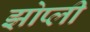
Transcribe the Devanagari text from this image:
झोप्ली